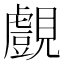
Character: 覻